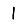
Digit: 1